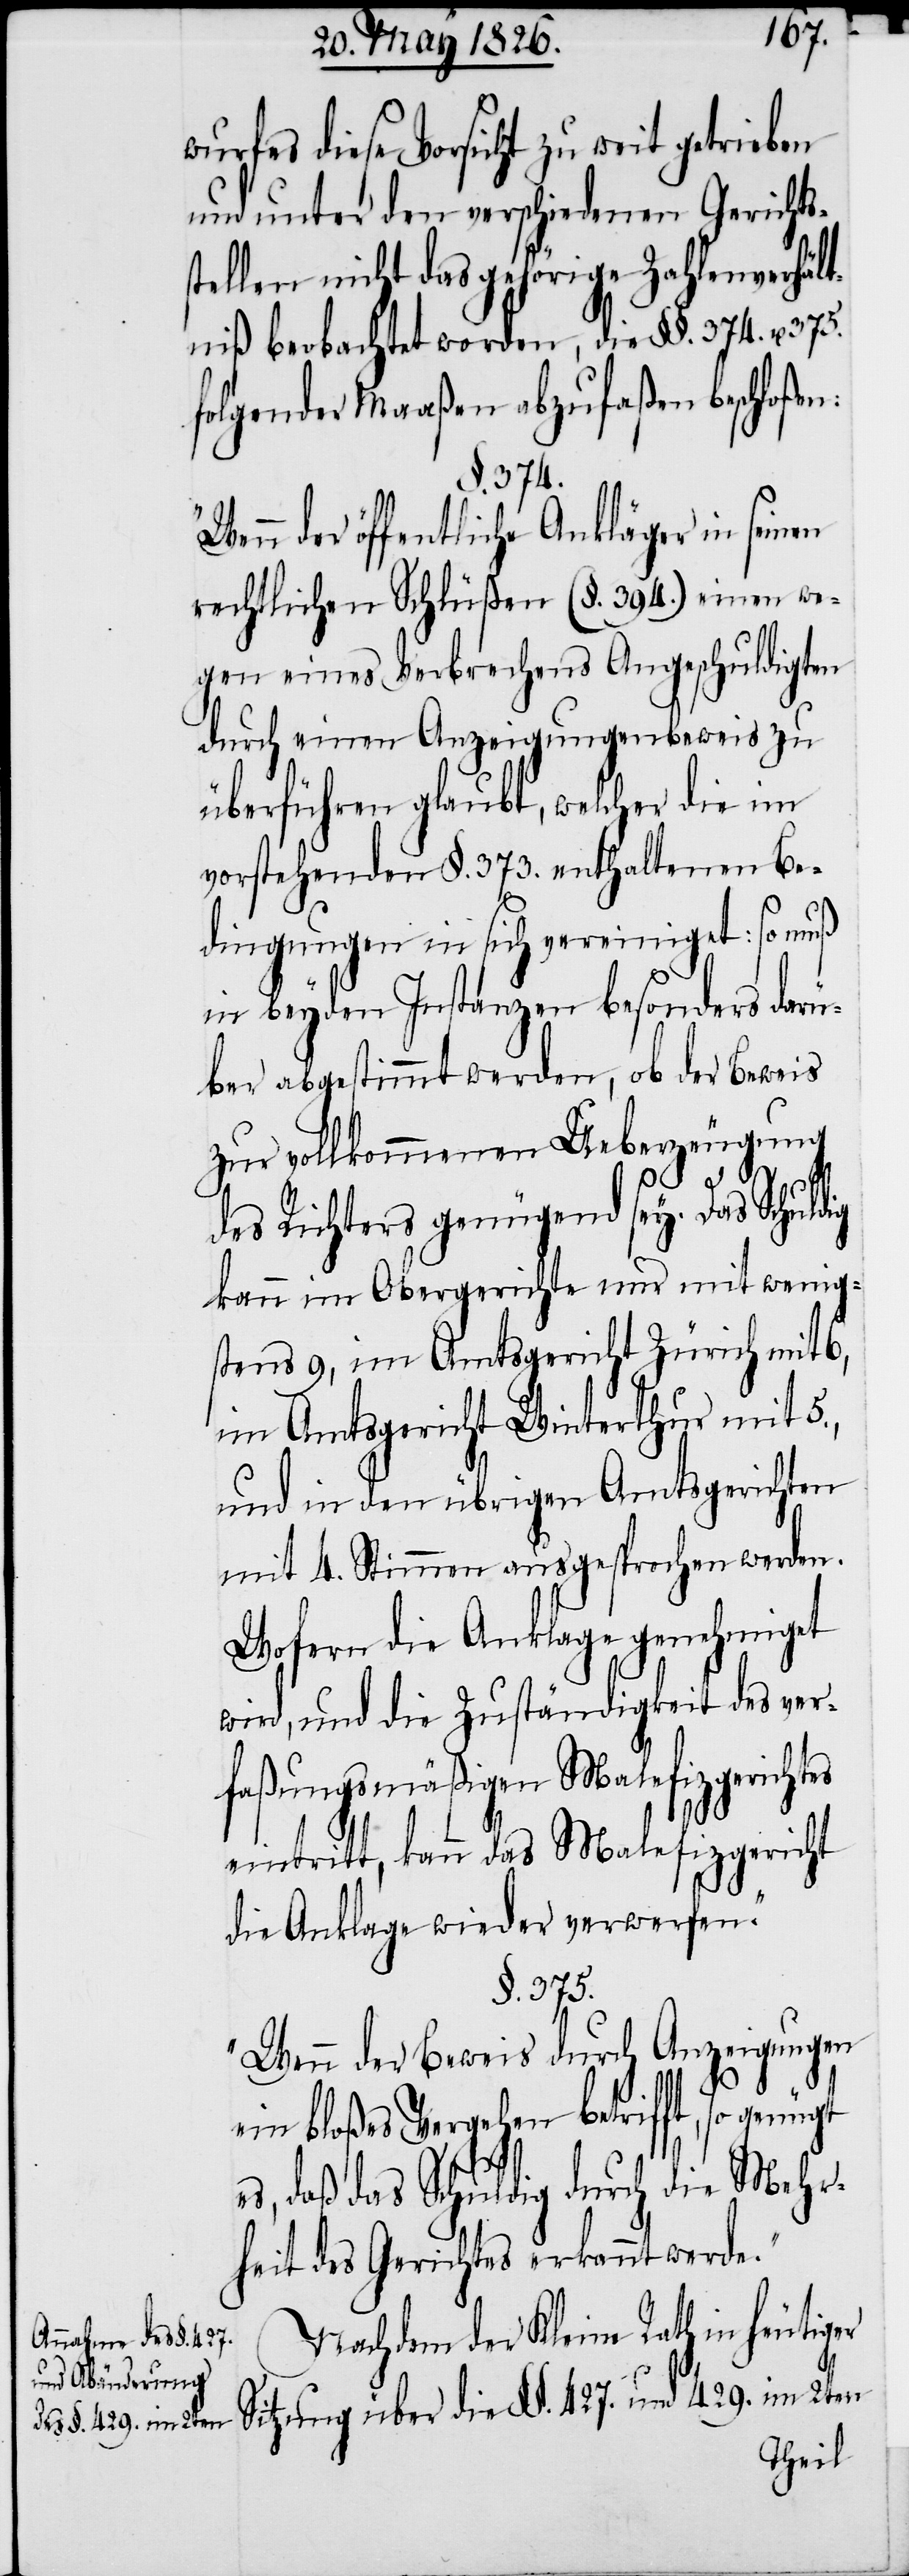
wurfes diese Vorsicht zu weit getrieben
und unter den verschiedenen Gerichts¬
stellen nicht das gehörige Zahlenverhält¬
niß beobachtet worden, die §§. 374. u. 375.
folgender Maaßen abzufaßen beschloßen:
§. 374.
der öffentliche Ankläger in seinen
rechtlichen Schlüßen (§. 394.) einen we¬
gen eines Verbrechens Angeschuldigten
durch einen Anzeigungenbeweis zu
überführen glaubt, welcher die im
vorstehenden §. 373. enthaltenen Be¬
dingungen in sich vereiniget: so muß
in beyden Instanzen besonders darü¬
ber abgestimmt werden, ob der Beweis
zur vollkommenen Ueberzeugung
des Richters genügend sey. Das Schuldig
kann im Obergerichte nur mit wenig¬
stens 9, im Amtsgericht Zürich mit 6,
im Amtsgericht Winterthur mit 5.,
und in den übrigen Amtsgerichten
mit 4. Stimmen ausgesprochen werden.
Wofern die Anklage genehmiget
wird, und die Zuständigkeit des ver¬
faßungsgemäßigen Malefizgerichtes
eintritt, kann das Malefizgericht
die Anklage wieder verwerfen.“
§. 375.
„Wenn der Beweis durch Anzeigungen
ein bloßes Vergehen betrifft, so genügt
es, daß das Schuldig durch die Mehr¬
heit des Gerichtes erkannt werde.“
Nachdem der Kleine Rath in heutiger
Sitzung über die §§. 427. und 429. im 2ten